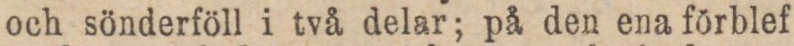
och sönderföll i två delar; på den ena förblef